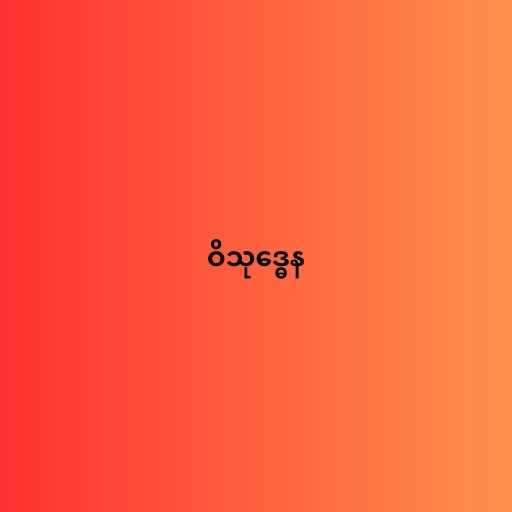
ဝိသုဒ္ဓေန